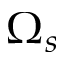
\Omega _ { s }